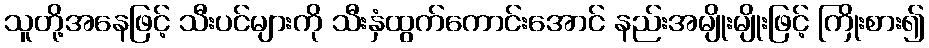
သူတို့အနေဖြင့် သီးပင်များကို သီးနှံထွက်ကောင်းအောင် နည်းအမျိုးမျိုးဖြင့် ကြိုးစား၍